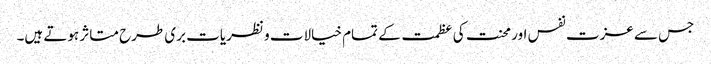
جس سے عزت نفس اور محنت کی عظمت کے تمام خیالات و نظریات بری طرح متاثر ہوتے ہیں۔